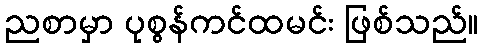
ညစာမှာ ပုစွန်ကင်ထမင်း ဖြစ်သည်။